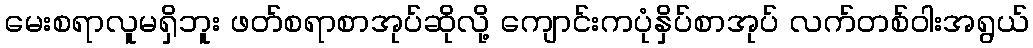
မေးစရာလူမရှိဘူး ဖတ်စရာစာအုပ်ဆိုလို့ ကျောင်းကပုံနှိပ်စာအုပ် လက်တစ်ဝါးအရွယ်